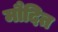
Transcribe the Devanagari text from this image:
मौदित